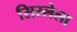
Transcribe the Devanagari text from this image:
सिस्लेला